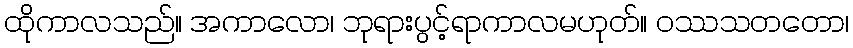
ထိုကာလသည်။ အကာလော၊ ဘုရားပွင့်ရာကာလမဟုတ်။ ဝဿသတတော၊